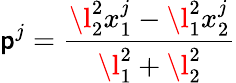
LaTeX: \mathsf{p}^{j}=\frac{{\l_{2}^{2}x_{1}^{j}-\l_{1}^{2}x_{2}^{j}}}{{\l_{1}^{2}+\l_{2}^{2}}}